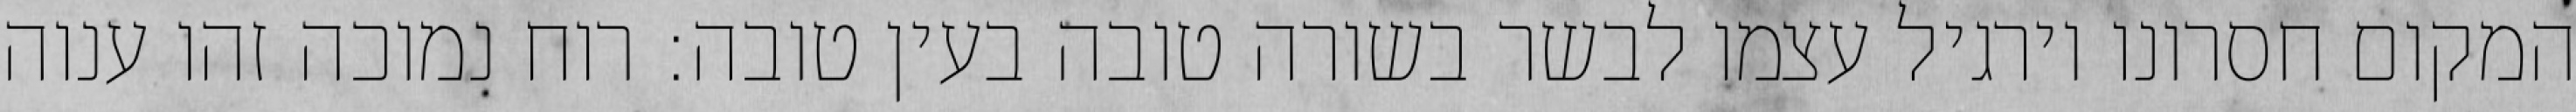
המקום חסרונו וירגיל עצמו לבשר בשורה טובה בעין טובה: רוח נמוכה זהו ענוה